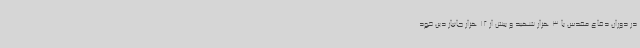
در دوران دفاع مقدس با 3 هزار شهید و بیش از 12 هزار جانباز دین خود